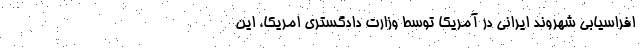
افراسیابی شهروند ایرانی در آمریکا توسط وزارت دادگستری امریکا، این